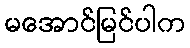
မအောင်မြင်ပါက